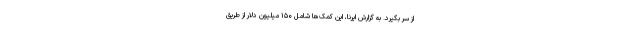
از سر بگیرد. به گزارش ایرنا، این کمک‌ها شامل ۱۵۰ میلیون دلار از طریق